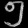
Digit: ၅